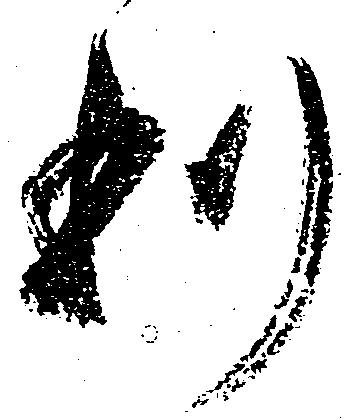
利